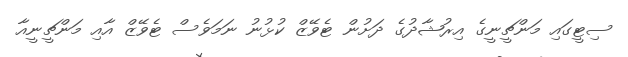
ސިޓީގައި މަންޗީނީގެ އިރުޝާދުގެ ދަށުން ޓެވޭޒް ކުޅުނު ނަމަވެސް ޓެވޭޒް އާއި މަންޗީނީއާ